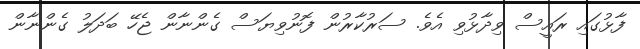
ފާޅުގައި ރައީސް ވިދާޅުވި އެވެ. ސަރުކާރުން ފޮނުވިޔަސް ގެންނާން ޖެހޭ ބަދަލު ގެންނާން